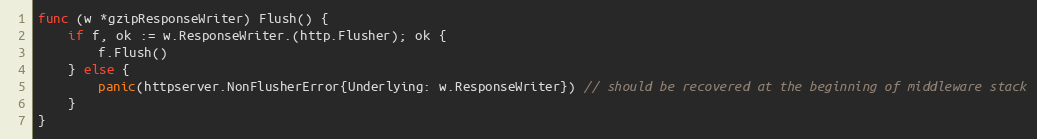
Language: Go
func (w *gzipResponseWriter) Flush() {
	if f, ok := w.ResponseWriter.(http.Flusher); ok {
		f.Flush()
	} else {
		panic(httpserver.NonFlusherError{Underlying: w.ResponseWriter}) // should be recovered at the beginning of middleware stack
	}
}